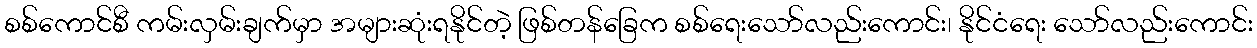
စစ်ကောင်စီ ကမ်းလှမ်းချက်မှာ အများဆုံးရနိုင်တဲ့ ဖြစ်တန်ခြေက စစ်ရေးသော်လည်းကောင်း၊ နိုင်ငံရေး သော်လည်းကောင်း